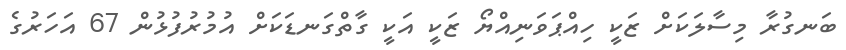
ބަނގުރާ މިސާލަކަށް ޒަކީ ހިއްޕަވަނިއްޔޯ ޒަކީ އަކީ ގާތްގަނޑަކަށް އުމުރުފުޅުން 67 އަހަރުގެ